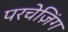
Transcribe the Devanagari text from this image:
परचेज़िंग